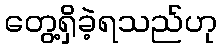
တွေ့ရှိခဲ့ရသည်ဟု